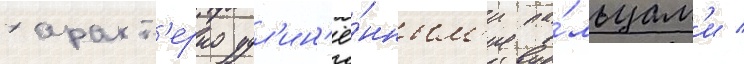
характ'ерно удл'ин'ё́нным'и па́льцам'и /